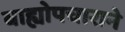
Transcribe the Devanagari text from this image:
बाह्योपचाराने